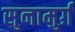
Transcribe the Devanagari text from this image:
सुनामुर्ग़